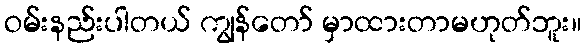
ဝမ်းနည်းပါတယ် ကျွန်တော် မှာထားတာမဟုတ်ဘူး။